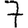
Digit: 7